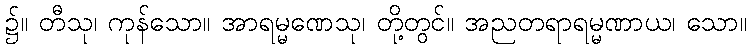
၌။ တီသု၊ ကုန်သော။ အာရမ္မဏေသု၊ တို့တွင်။ အညတရာရမ္မဏာယ၊ သော။